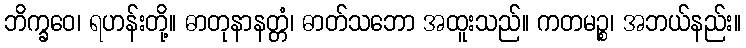
ဘိက္ခဝေ၊ ရဟန်းတို့။ ဓာတုနာနတ္တံ၊ ဓာတ်သဘော အထူးသည်။ ကတမဉ္စ၊ အဘယ်နည်း။